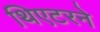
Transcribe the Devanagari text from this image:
थिएटरने